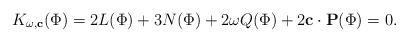
LaTeX: \begin{align*}K_{\omega, \mathbf{c}}(\Phi)=2L(\Phi)+3N(\Phi)+2\omega Q(\Phi)+2\mathbf{c}\cdot \mathbf{P}(\Phi)=0.\end{align*}